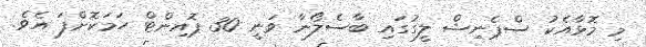
މި މޮޅާއެކު ސްޕެނިޝް ލީގުގައި ބާސެލޯނާ ވަނީ 30 ޕޮއިންޓް ހަމަކޮށްފަ އެވެ.